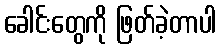
ခေါင်းတွေကို ဖြတ်ခဲ့တာပါ